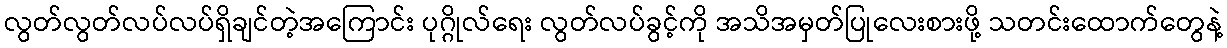
လွတ်လွတ်လပ်လပ်ရှိချင်တဲ့အကြောင်း ပုဂ္ဂိုလ်ရေး လွတ်လပ်ခွင့်ကို အသိအမှတ်ပြုလေးစားဖို့ သတင်းထောက်တွေနဲ့